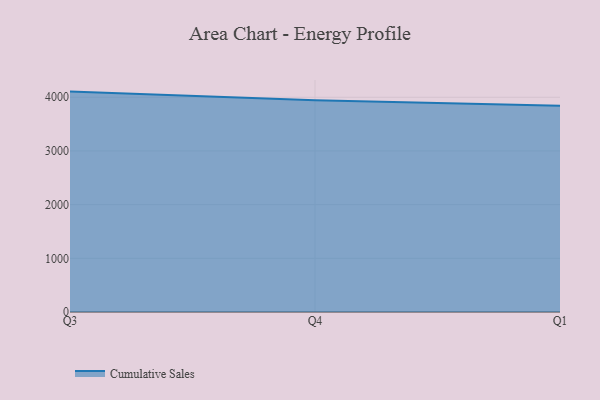
{"axis": {"x": "Quarter", "y": "Demand Index"}, "legend": ["Cumulative Sales"], "data": [{"x": "Q3", "y": 4105.6, "type": "Cumulative Sales"}, {"x": "Q4", "y": 3942.9, "type": "Cumulative Sales"}, {"x": "Q1", "y": 3842.0, "type": "Cumulative Sales"}]}